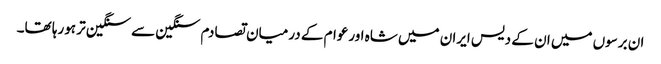
ان برسوں میں ان کے دیس ایران میں شاہ اورعوام کے درمیان تصادم سنگین سے سنگین تر ہورہا تھا۔